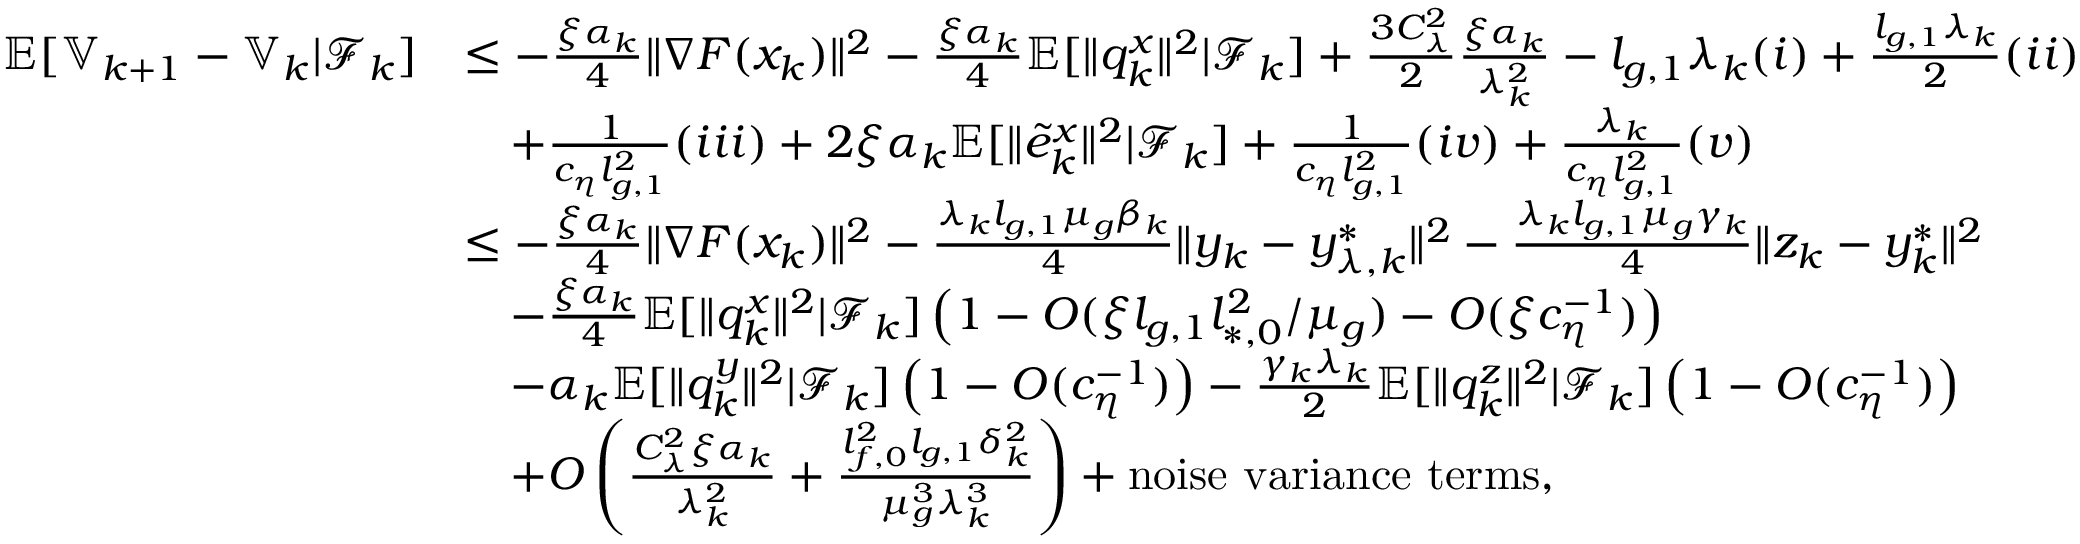
\begin{array} { r l } { \mathbb { E } [ \mathbb { V } _ { k + 1 } - \mathbb { V } _ { k } | \mathcal { F } _ { k } ] } & { \le - \frac { \xi \alpha _ { k } } { 4 } \| \nabla F ( x _ { k } ) \| ^ { 2 } - \frac { \xi \alpha _ { k } } { 4 } \mathbb { E } [ \| q _ { k } ^ { x } \| ^ { 2 } | \mathcal { F } _ { k } ] + \frac { 3 C _ { \lambda } ^ { 2 } } { 2 } \frac { \xi \alpha _ { k } } { \lambda _ { k } ^ { 2 } } - l _ { g , 1 } \lambda _ { k } ( i ) + \frac { l _ { g , 1 } \lambda _ { k } } { 2 } ( i i ) } \\ & { \quad + \frac { 1 } { c _ { \eta } l _ { g , 1 } ^ { 2 } } ( i i i ) + 2 \xi \alpha _ { k } \mathbb { E } [ \| \tilde { e } _ { k } ^ { x } \| ^ { 2 } | \mathcal { F } _ { k } ] + \frac { 1 } { c _ { \eta } l _ { g , 1 } ^ { 2 } } ( i v ) + \frac { \lambda _ { k } } { c _ { \eta } l _ { g , 1 } ^ { 2 } } ( v ) } \\ & { \le - \frac { \xi \alpha _ { k } } { 4 } \| \nabla F ( x _ { k } ) \| ^ { 2 } - \frac { \lambda _ { k } l _ { g , 1 } \mu _ { g } \beta _ { k } } { 4 } \| y _ { k } - y _ { \lambda , k } ^ { * } \| ^ { 2 } - \frac { \lambda _ { k } l _ { g , 1 } \mu _ { g } \gamma _ { k } } { 4 } \| z _ { k } - y _ { k } ^ { * } \| ^ { 2 } } \\ & { \quad - \frac { \xi \alpha _ { k } } { 4 } \mathbb { E } [ \| q _ { k } ^ { x } \| ^ { 2 } | \mathcal { F } _ { k } ] \left( 1 - O ( \xi l _ { g , 1 } l _ { * , 0 } ^ { 2 } / \mu _ { g } ) - O ( \xi c _ { \eta } ^ { - 1 } ) \right) } \\ & { \quad - \alpha _ { k } \mathbb { E } [ \| q _ { k } ^ { y } \| ^ { 2 } | \mathcal { F } _ { k } ] \left( 1 - O ( c _ { \eta } ^ { - 1 } ) \right) - \frac { \gamma _ { k } \lambda _ { k } } { 2 } \mathbb { E } [ \| q _ { k } ^ { z } \| ^ { 2 } | \mathcal { F } _ { k } ] \left( 1 - O ( c _ { \eta } ^ { - 1 } ) \right) } \\ & { \quad + O \left( \frac { C _ { \lambda } ^ { 2 } \xi \alpha _ { k } } { \lambda _ { k } ^ { 2 } } + \frac { l _ { f , 0 } ^ { 2 } l _ { g , 1 } \delta _ { k } ^ { 2 } } { \mu _ { g } ^ { 3 } \lambda _ { k } ^ { 3 } } \right) + \mathrm { n o i s e ~ v a r i a n c e ~ t e r m s } , } \end{array}